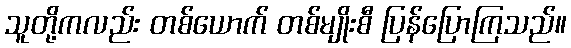
သူတို့ကလည်း တစ်ယောက် တစ်မျိုးစီ ပြန်ပြောကြသည်။